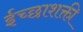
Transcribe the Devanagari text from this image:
ईच्छाशक्ती